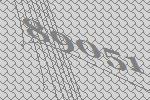
89051